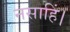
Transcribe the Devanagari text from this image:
नसाहिं।